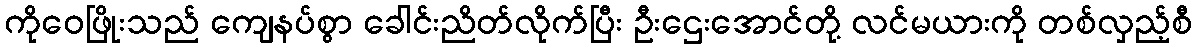
ကိုဝေဖြိုးသည် ကျေနပ်စွာ ခေါင်းညိတ်လိုက်ပြီး ဦးဌေးအောင်တို့ လင်မယားကို တစ်လှည့်စီ